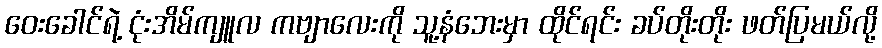
ဝေးခေါင်ရဲ့ ငုံးအိမ်ကျူလ ကဗျာလေးကို သူ့နံဘေးမှာ ထိုင်ရင်း ခပ်တိုးတိုး ဖတ်ပြမယ်လို့